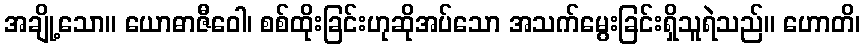
အချို့သော။ ယောဓာဇီဝေါ၊ စစ်ထိုးခြင်းဟုဆိုအပ်သော အသက်မွေးခြင်းရှိသူရဲသည်။ ဟောတိ၊